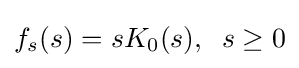
f_{s}(s)=sK_{0}(s),\;\;s\geq 0